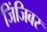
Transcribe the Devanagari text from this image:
जिंजिबर